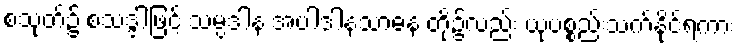
စသုတ်၌ စသဒ္ဒါဖြင့် သမ္ပဒါန အပါဒါနသာဓန တို့၌လည်း ယုပစ္စည်းသက်နိုင်ရကား